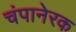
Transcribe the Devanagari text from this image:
चंपानेरक